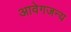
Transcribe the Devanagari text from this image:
आवेगजन्य